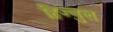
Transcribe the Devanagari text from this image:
हिज्बुल